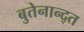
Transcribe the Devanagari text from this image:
बुतेनान्द्त